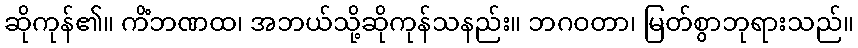
ဆိုကုန်၏။ ကိံဘဏထ၊ အဘယ်သို့ဆိုကုန်သနည်း။ ဘဂဝတာ၊ မြတ်စွာဘုရားသည်။